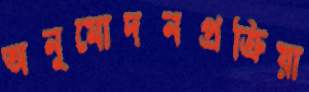
অনুমোদনপ্রক্রিয়া